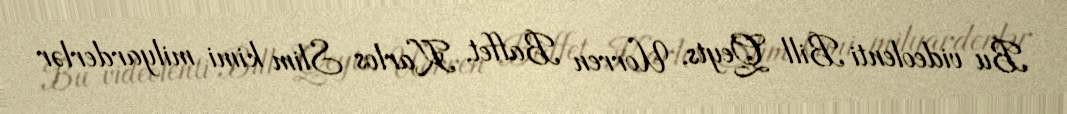
Bu videolenti Bill Qeyts, Uorren Baffet, Karlos Slim kimi milyarderlər